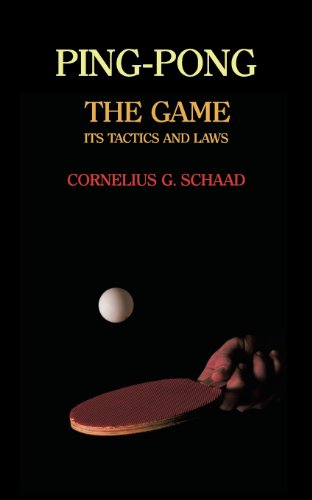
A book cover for Ping-Pong: The Game, Its Tactics and Laws (Reprint); Cornelius G. Schaad; Sports & Outdoors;